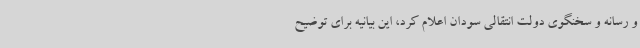
و رسانه و سخنگوی دولت انتقالی سودان اعلام کرد، این بیانیه برای توضیح